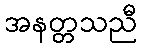
အနတ္တသညီ